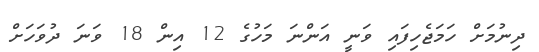
ދިނުމަށް ހަމަޖެހިފައި ވަނީ އަންނަ މަހުގެ 12 އިން 18 ވަނަ ދުވަހަށް